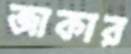
জাকার